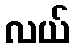
လယ်